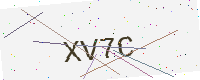
Text: XV7C